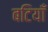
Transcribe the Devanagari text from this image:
बटियाँ